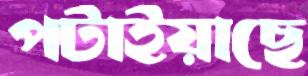
পটাইয়াছে